Black-water fever - Number 35
Disease focus: Fever
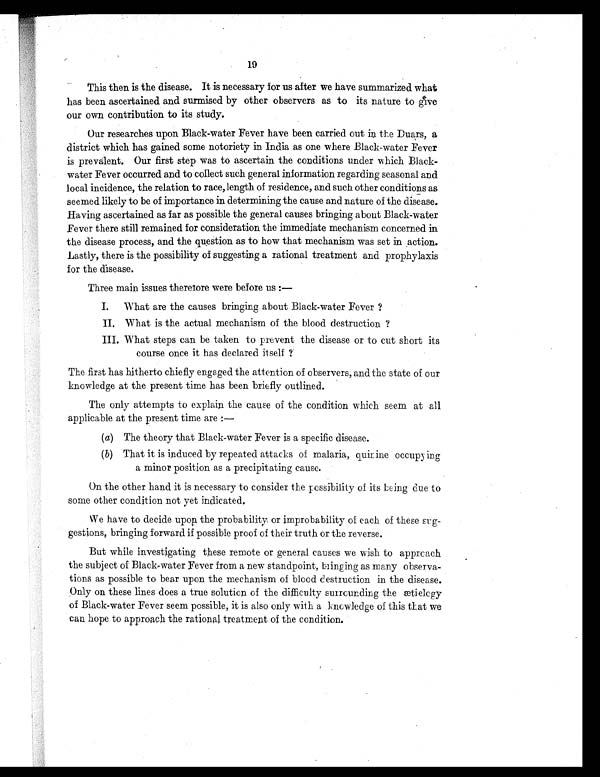
19
This then is the disease. It is necessary for us after we have summarized what
has been ascertained and surmised by other observers as to its nature to dive
our own contribution to its study.
Our researches upon Black-water Fever have been carried out in the Duars, a
district which has gained some notoriety in India as one where Black-water Fever
is prevalent. Our first step was to ascertain the conditions under which Black-
water Fever occurred and to collect such general information regarding seasonal and
local incidence, the relation to race, length of residence, and such other conditions as
seemed likely to be of importance in determining the cause and nature of the disease.
Having ascertained as far as possible the general causes bringing about Black-water
Fever there still remained for consideration the immediate mechanism concerned in
the disease process, and the question as to how that mechanism was set in action.
Lastly, there is the possibility of suggesting a rational treatment and prophylaxis
for the disease.
Three main issues therefore were before us :—
I. What are the causes bringing about Black-water Fever ?
II. What is the actual mechanism of the blood destruction ?
III. What steps can be taken to prevent the disease or to cut short its
course once it has declared itself ?
The first has hitherto chiefly engaged the attention of observers, and the state of our
knowledge at the present time has been briefly outlined.
The only attempts to explain the cause of the condition which seem at all
applicable at the present time are :
—
(a) The theory that Black-water Fever is a specific disease.
(b) That it is induced by repeated attacks of malaria, quinine occupying
a minor position as a precipitating cause.
On the other hand it is necessary to consider the possibility of its being due to
some other condition not yet indicated,
We have to decide upon the probability or improbability of each of these sug
-gestions, bringing forward if possible proof of their truth or the reverse.
But while investigating these remote or general causes we wish to approach
the subject of Black-water Fever from a new standpoint, bringing as many observa
- t i o n s a s p o s s i b l e t o b e a r u p o n t h e m e c h a n i s m o f b l o o d d e s t r u c t i o n i n t h e d i s e a s e .
Onl y on these l i nes does a true sol uti on of the di ffi cul ty surroundi ng the æti el ogy
of Black-water Fever seem possible, it is also only with a knowledge of this that we
can hope to approach the rational treatment of the condition.